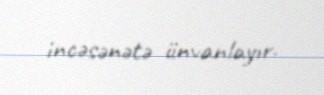
incəsənətə ünvanlayır.